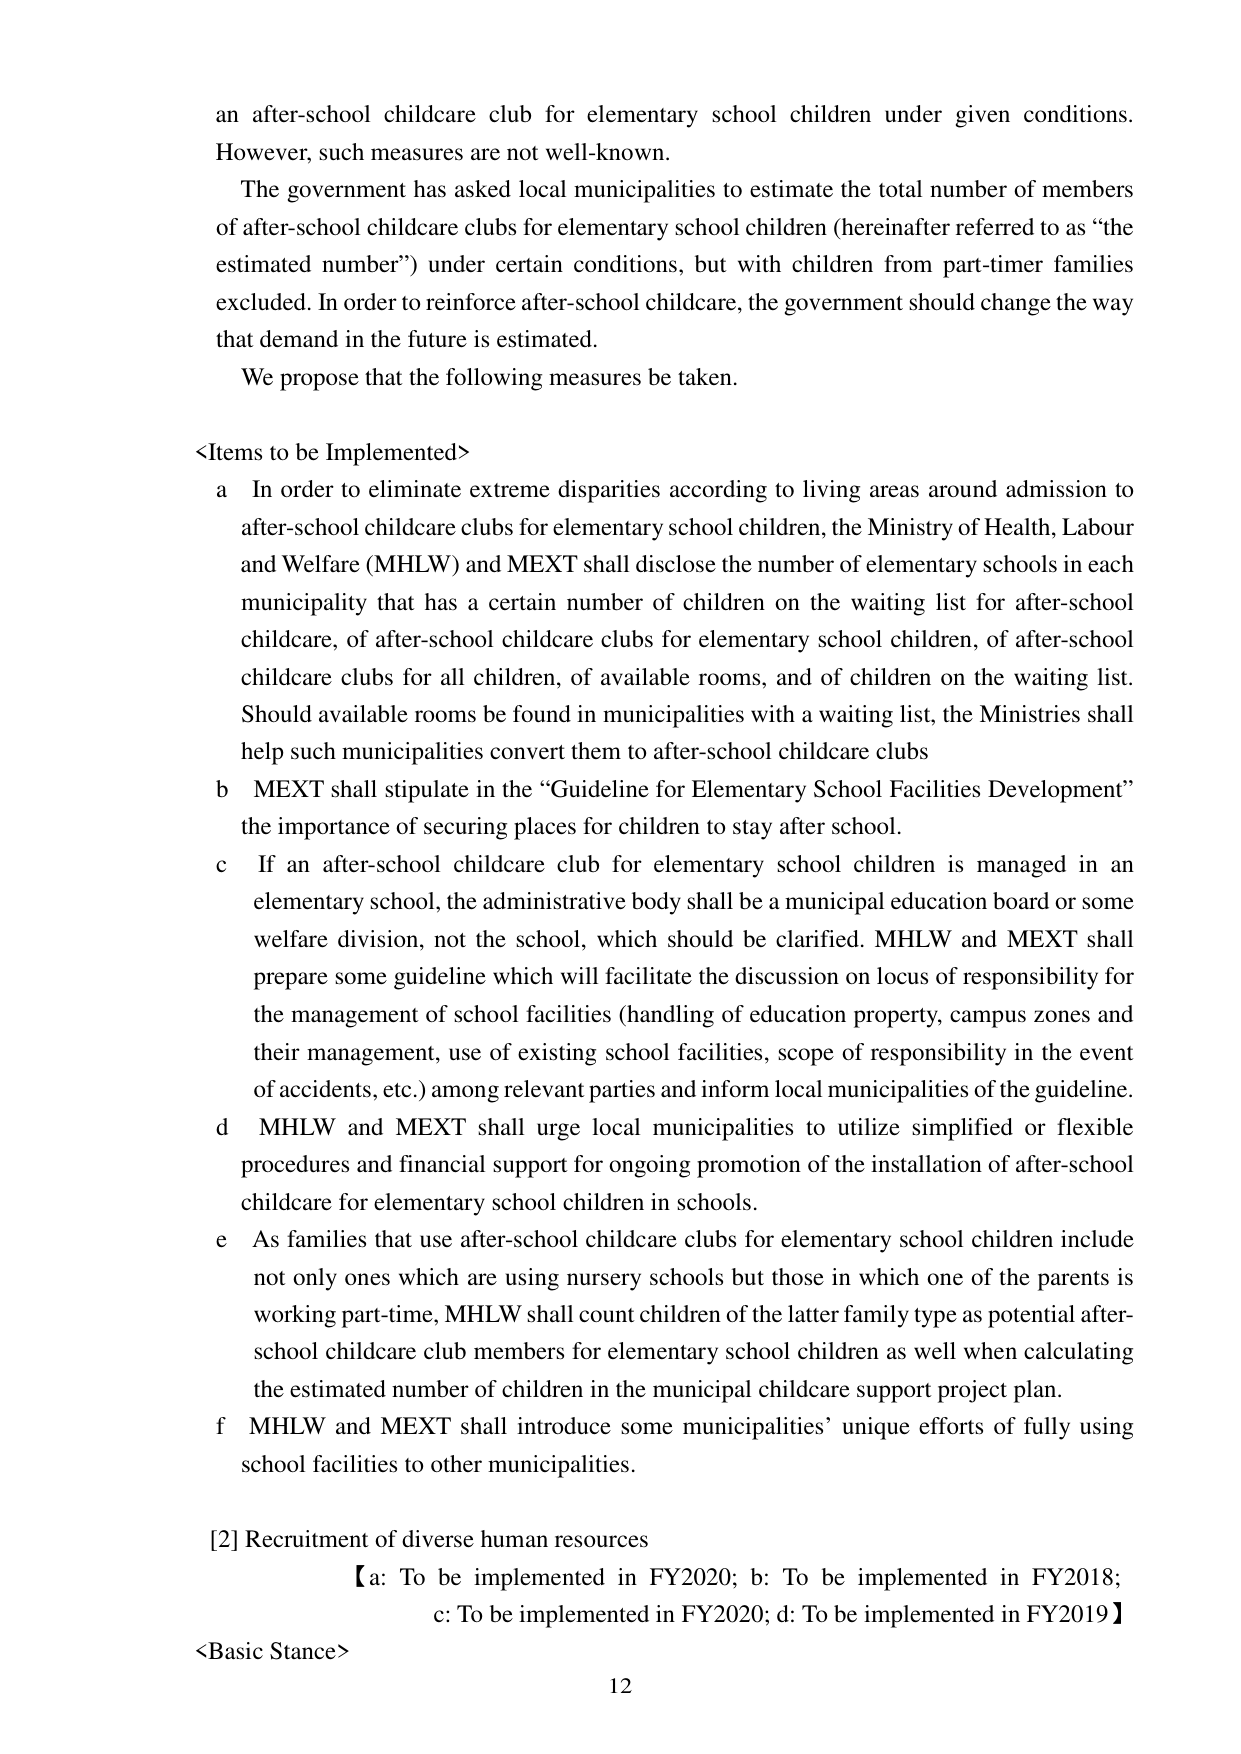
an after-school childcare club for elementary school children under given conditions. However, such measures are not well-known.

The government has asked local municipalities to estimate the total number of members of after-school childcare clubs for elementary school children (hereinafter referred to as “the estimated number”) under certain conditions, but with children from part-timer families excluded. In order to reinforce after-school childcare, the government should change the way that demand in the future is estimated.

We propose that the following measures be taken.

<Items to be Implemented>
a In order to eliminate extreme disparities according to living areas around admission to after-school childcare clubs for elementary school children, the Ministry of Health, Labour and Welfare (MHLW) and MEXT shall disclose the number of elementary schools in each municipality that has a certain number of children on the waiting list for after-school childcare, of after-school childcare clubs for elementary school children, of after-school childcare clubs for all children, of available rooms, and of children on the waiting list. Should available rooms be found in municipalities with a waiting list, the Ministries shall help such municipalities convert them to after-school childcare clubs
b MEXT shall stipulate in the “Guideline for Elementary School Facilities Development” the importance of securing places for children to stay after school.
c If an after-school childcare club for elementary school children is managed in an elementary school, the administrative body shall be a municipal education board or some welfare division, not the school, which should be clarified. MHLW and MEXT shall prepare some guideline which will facilitate the discussion on locus of responsibility for the management of school facilities (handling of education property, campus zones and their management, use of existing school facilities, scope of responsibility in the event of accidents, etc.) among relevant parties and inform local municipalities of the guideline.
d MHLW and MEXT shall urge local municipalities to utilize simplified or flexible procedures and financial support for ongoing promotion of the installation of after-school childcare for elementary school children in schools.
e As families that use after-school childcare clubs for elementary school children include not only ones which are using nursery schools but those in which one of the parents is working part-time, MHLW shall count children of the latter family type as potential after-school childcare club members for elementary school children as well when calculating the estimated number of children in the municipal childcare support project plan.
f MHLW and MEXT shall introduce some municipalities’ unique efforts of fully using school facilities to other municipalities.

[2] Recruitment of diverse human resources
【a: To be implemented in FY2020; b: To be implemented in FY2018; c: To be implemented in FY2020; d: To be implemented in FY2019】
<Basic Stance>
12